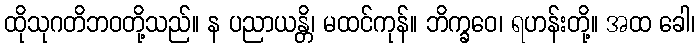
ထိုသုဂတိဘဝတို့သည်။ န ပညာယန္တိ၊ မထင်ကုန်။ ဘိက္ခဝေ၊ ရဟန်းတို့။ အထ ခေါ၊